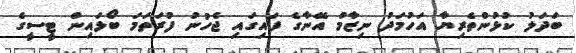
ބަދަލު ކުޅުންތެރިޔާ އަހުމަދު ނިޒާމް އޭނާގެ ފައިގައި ޖެހުނު ފުރަތަމަ ބޯޅައިން ޓީސީގެ